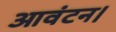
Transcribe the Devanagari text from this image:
आवंटन।